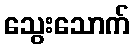
သွေးသောက်